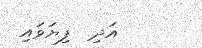
އަދި  ފިޔަވައި